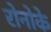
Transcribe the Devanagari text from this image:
रोनोके